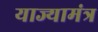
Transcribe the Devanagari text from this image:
याज्यामंत्र